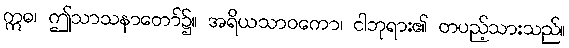
ဣဓ၊ ဤသာသနာတော်၌။ အရိယသာဝကော၊ ငါဘုရား၏ တပည့်သားသည်။